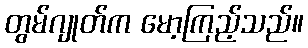
တွမ်ဂျုတ်က မော့ကြည့်သည်။